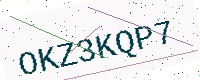
Text: OKZ3KQP7